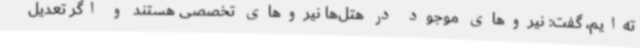
ته‌ایم، گفت: نیروهای موجود در هتل‌ها نیروهای تخصصی هستند و اگر تعدیل